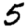
Digit: 5